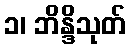
၁၊ ဘိန္ဒိသုတ်